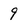
Character: 9